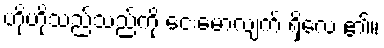
ဟိုဟိုသည်သည်ကို ငေးမောလျက် ရှိလေ ၏။